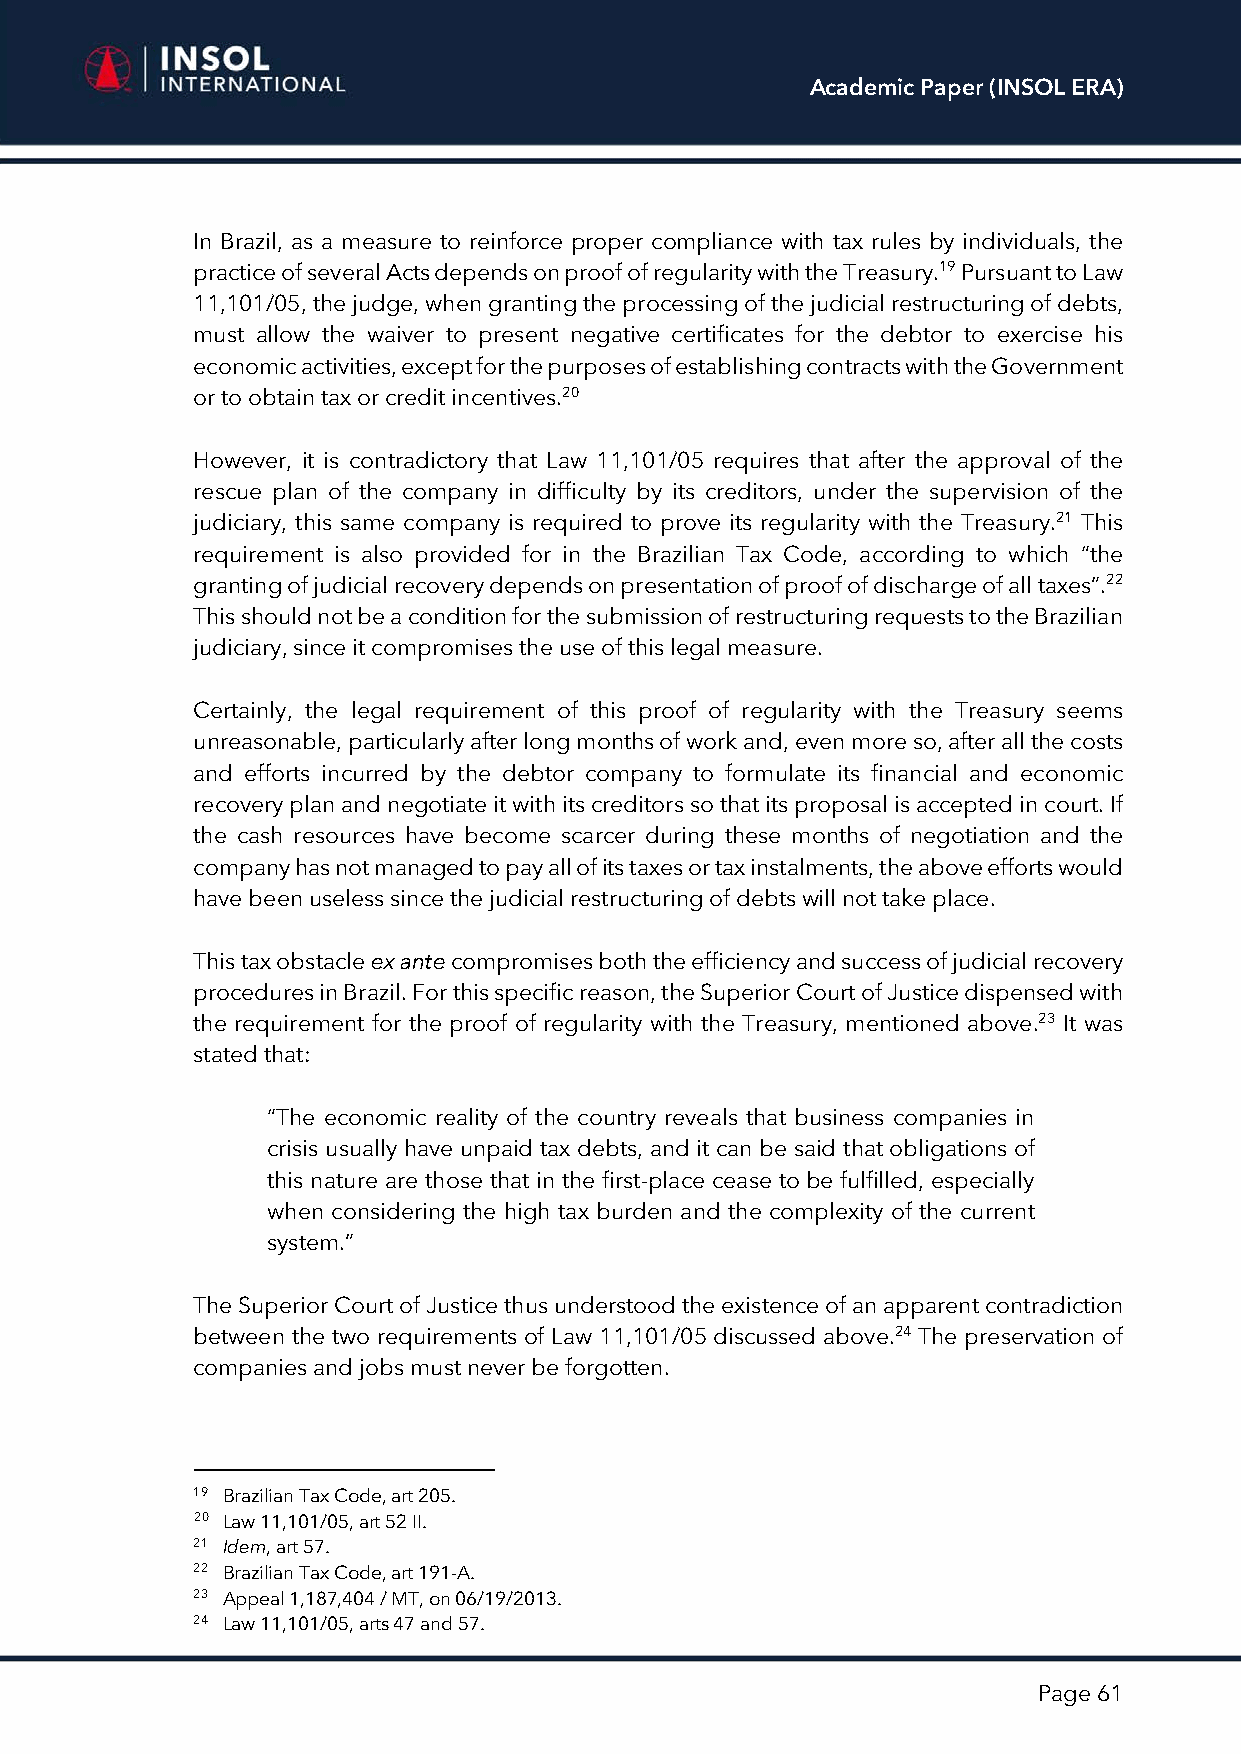
Academic Paper (INSOL ERA)
 In Brazil, as a measure to reinforce proper compliance with tax rules by individuals, the
 practice of several Acts depends on proof of regularity with the Treasury.19 Pursuant to Law
 11,101/05, the judge, when granting the processing of the judicial restructuring of debts,
 must allow the waiver to present negative certificates for the debtor to exercise his
 economic activities, except for the purposes of establishing contracts with the Government
 or to obtain tax or credit incentives.20
 However, it is contradictory that Law 11,101/05 requires that after the approval of the
 rescue plan of the company in difficulty by its creditors, under the supervision of the
 judiciary, this same company is required to prove its regularity with the Treasury.21 This
 requirement is also provided for in the Brazilian Tax Code, according to which “the
 granting of judicial recovery depends on presentation of proof of discharge of all taxes”.22
 This should not be a condition for the submission of restructuring requests to the Brazilian
 judiciary, since it compromises the use of this legal measure.
 Certainly, the legal requirement of this proof of regularity with the Treasury seems
 unreasonable, particularly after long months of work and, even more so, after all the costs
 and efforts incurred by the debtor company to formulate its financial and economic
 recovery plan and negotiate it with its creditors so that its proposal is accepted in court. If
 the cash resources have become scarcer during these months of negotiation and the
 company has not managed to pay all of its taxes or tax instalments, the above efforts would
 have been useless since the judicial restructuring of debts will not take place.
 This tax obstacle ex ante compromises both the efficiency and success of judicial recovery
 procedures in Brazil. For this specific reason, the Superior Court of Justice dispensed with
 the requirement for the proof of regularity with the Treasury, mentioned above.23 It was
 stated that:
 “The economic reality of the country reveals that business companies in
 crisis usually have unpaid tax debts, and it can be said that obligations of
 this nature are those that in the first-place cease to be fulfilled, especially
 when considering the high tax burden and the complexity of the current
 system.”
 The Superior Court of Justice thus understood the existence of an apparent contradiction
 between the two requirements of Law 11,101/05 discussed above.24 The preservation of
 companies and jobs must never be forgotten.
 19 Brazilian Tax Code, art 205.
 20 Law 11,101/05, art 52 II.
 21 Idem, art 57.
 22 Brazilian Tax Code, art 191-A.
 23 Appeal 1,187,404 / MT, on 06/19/2013.
 24 Law 11,101/05, arts 47 and 57.
 Page 61